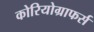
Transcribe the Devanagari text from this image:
कोरियोग्राफर्स